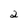
Character: 2